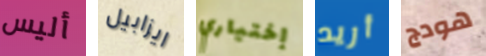
أليس ايزابيل إختياري أريد هودج